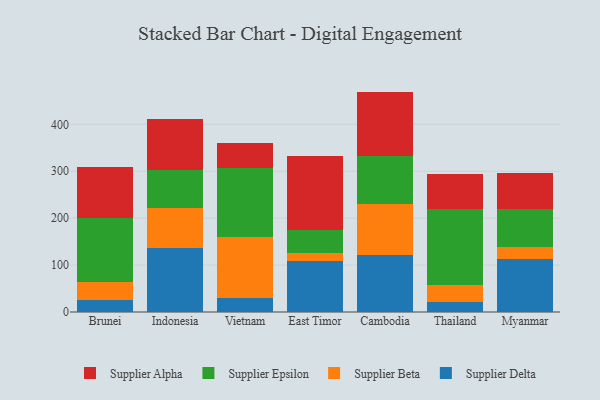
{"axis": {"x": "Country", "y": "Market Share (%)"}, "legend": ["Supplier Alpha", "Supplier Beta", "Supplier Delta", "Supplier Epsilon"], "data": [{"x": "Brunei", "y": 25.5, "type": "Supplier Delta"}, {"x": "Brunei", "y": 38.3, "type": "Supplier Beta"}, {"x": "Brunei", "y": 137.5, "type": "Supplier Epsilon"}, {"x": "Brunei", "y": 107.4, "type": "Supplier Alpha"}, {"x": "Indonesia", "y": 136.5, "type": "Supplier Delta"}, {"x": "Indonesia", "y": 85.5, "type": "Supplier Beta"}, {"x": "Indonesia", "y": 81.2, "type": "Supplier Epsilon"}, {"x": "Indonesia", "y": 107.4, "type": "Supplier Alpha"}, {"x": "Vietnam", "y": 30.7, "type": "Supplier Delta"}, {"x": "Vietnam", "y": 129.2, "type": "Supplier Beta"}, {"x": "Vietnam", "y": 147.0, "type": "Supplier Epsilon"}, {"x": "Vietnam", "y": 52.3, "type": "Supplier Alpha"}, {"x": "East Timor", "y": 108.7, "type": "Supplier Delta"}, {"x": "East Timor", "y": 17.8, "type": "Supplier Beta"}, {"x": "East Timor", "y": 49.3, "type": "Supplier Epsilon"}, {"x": "East Timor", "y": 155.9, "type": "Supplier Alpha"}, {"x": "Cambodia", "y": 121.9, "type": "Supplier Delta"}, {"x": "Cambodia", "y": 109.1, "type": "Supplier Beta"}, {"x": "Cambodia", "y": 101.5, "type": "Supplier Epsilon"}, {"x": "Cambodia", "y": 137.2, "type": "Supplier Alpha"}, {"x": "Thailand", "y": 20.7, "type": "Supplier Delta"}, {"x": "Thailand", "y": 37.8, "type": "Supplier Beta"}, {"x": "Thailand", "y": 161.9, "type": "Supplier Epsilon"}, {"x": "Thailand", "y": 72.7, "type": "Supplier Alpha"}, {"x": "Myanmar", "y": 113.7, "type": "Supplier Delta"}, {"x": "Myanmar", "y": 25.8, "type": "Supplier Beta"}, {"x": "Myanmar", "y": 79.8, "type": "Supplier Epsilon"}, {"x": "Myanmar", "y": 76.5, "type": "Supplier Alpha"}]}